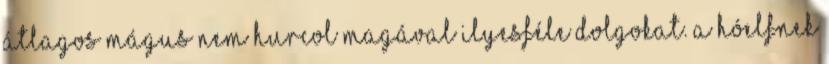
átlagos mágus nem hurcol magával ilyesféle dolgokat. A hóelfnek